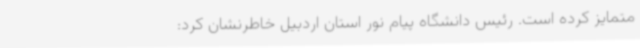
متمایز کرده است. رئیس دانشگاه پیام نور استان اردبیل خاطرنشان کرد: